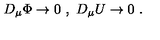
D _ { \mu } \Phi \rightarrow 0 \ , \ D _ { \mu } U \rightarrow 0 \ .